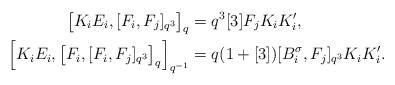
LaTeX: \begin{align*}\big[K_i E_i, [F_i ,F_j]_{q^3} \big]_q&=q^3[3] F_j K_i K_i',\\\Big[K_i E_i ,\big[F_i , [F_i ,F_j]_{q^3} \big]_q \Big]_{q^{-1}}&=q(1+[3])[B_i^\sigma,F_j]_{q^3} K_i K_i'.\end{align*}